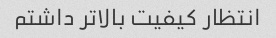
انتظار کیفیت بالاتر داشتم